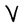
Character: V